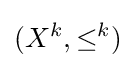
(X^{k},\leq ^{k})